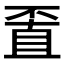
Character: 𠁆